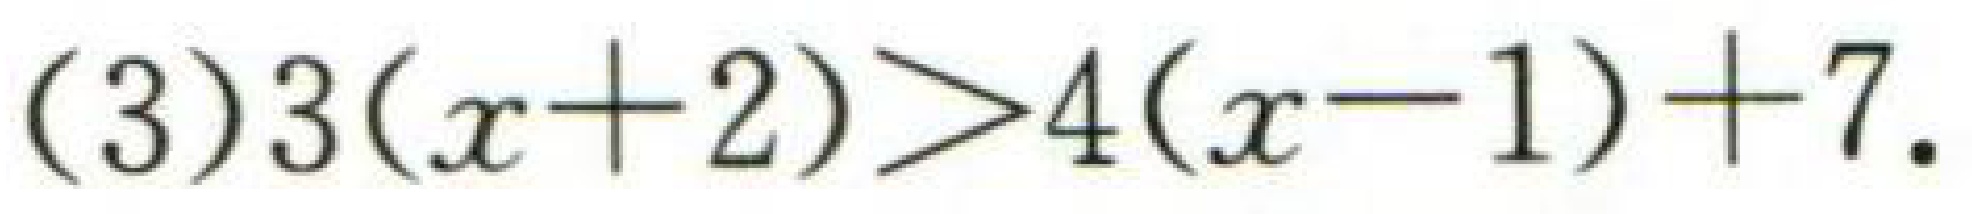
(3)\(3(x + 2)>4(x - 1)+7\).